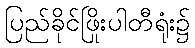
ပြည်ခိုင်ဖြိုးပါတီရုံး၌